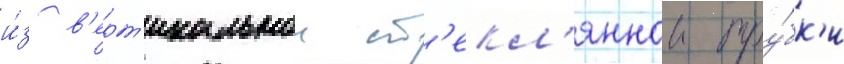
и́з в'ерт'икальнои ст'екл'яннои тру́бк'и